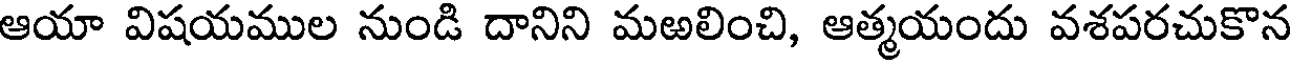
ఆయా విషయముల నుండి దానిని మఱలించి, ఆత్మయందు వశపరచుకొన